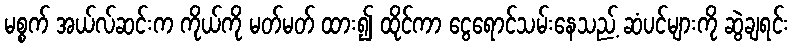
မစ္စက် အယ်လ်ဆင်းက ကိုယ်ကို မတ်မတ် ထား၍ ထိုင်ကာ ငွေရောင်သမ်းနေသည့် ဆံပင်များကို ဆွဲချရင်း